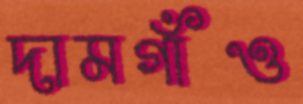
দামগাঁও